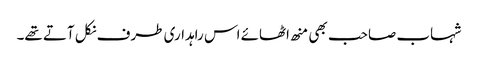
شہاب صاحب بھی منھ اٹھائے اس راہداری طرف نکل آتے تھے۔